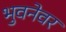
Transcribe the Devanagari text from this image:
भुवनेवर